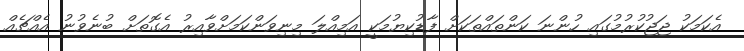
އެކަމަކު ޖަޖުކުރުމުގައި ހުންނަ ކަންތައްތަކަށް ފާޑުކިޔުމަކީ އަމިއްލަ މިނިވަންކަމަށްވާއިރު އެގޮތަށް ބުނެވުނު އެއްޗެއް